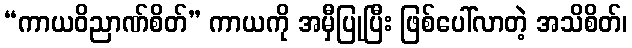
“ကာယဝိညာဏ်စိတ်” ကာယကို အမှီပြုပြီး ဖြစ်ပေါ်လာတဲ့ အသိစိတ်၊